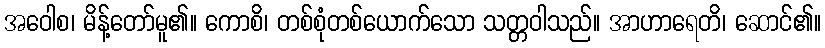
အဝေါစ၊ မိန့်တော်မူ၏။ ကောစိ၊ တစ်စုံတစ်ယောက်သော သတ္တဝါသည်။ အာဟာရေတိ၊ ဆောင်၏။